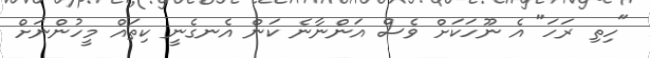
"ހިތި ރަހަ" އެ ނޫހަކަށް ވެސް އަންނާނެ ކަން އެނގެނީ ކިތައް މީހުންނަށް